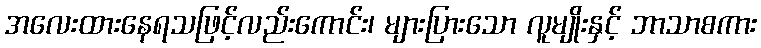
အလေးထားနေရသဖြင့်လည်းကောင်း၊ များပြားသော လူမျိုးနှင့် ဘာသာစကား